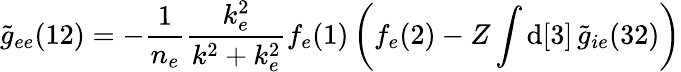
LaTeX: \widetilde{g}_{ee}(12)=-\frac{1}{n_{e}}\frac{k_{e}^{2}}{k^{2}+k_{e}^{2}}f_{e}(1)\left(f_{e}(2)-Z\int\mathrm{d}[3]\, \widetilde{g}_{ie}(32)\right)